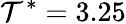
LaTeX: \mathcal{T}^{*}=3.25